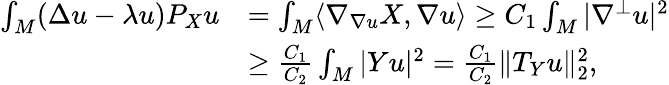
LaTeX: \begin{array}{rl}{\int_{M}(\Delta u-\lambda u)P_{X}u}&{=\int_{M}\langle\nabla_{\nabla u}X,\nabla u\rangle\ge C_{1}\int_{M}|\nabla^{\bot}u|^{2}}\\ &{\ge\frac{C_{1}}{C_{2}}\int_{M}|Yu|^{2}=\frac{C_{1}}{C_{2}}\| T_{Y}u\| _{2}^{2},}\end{array}